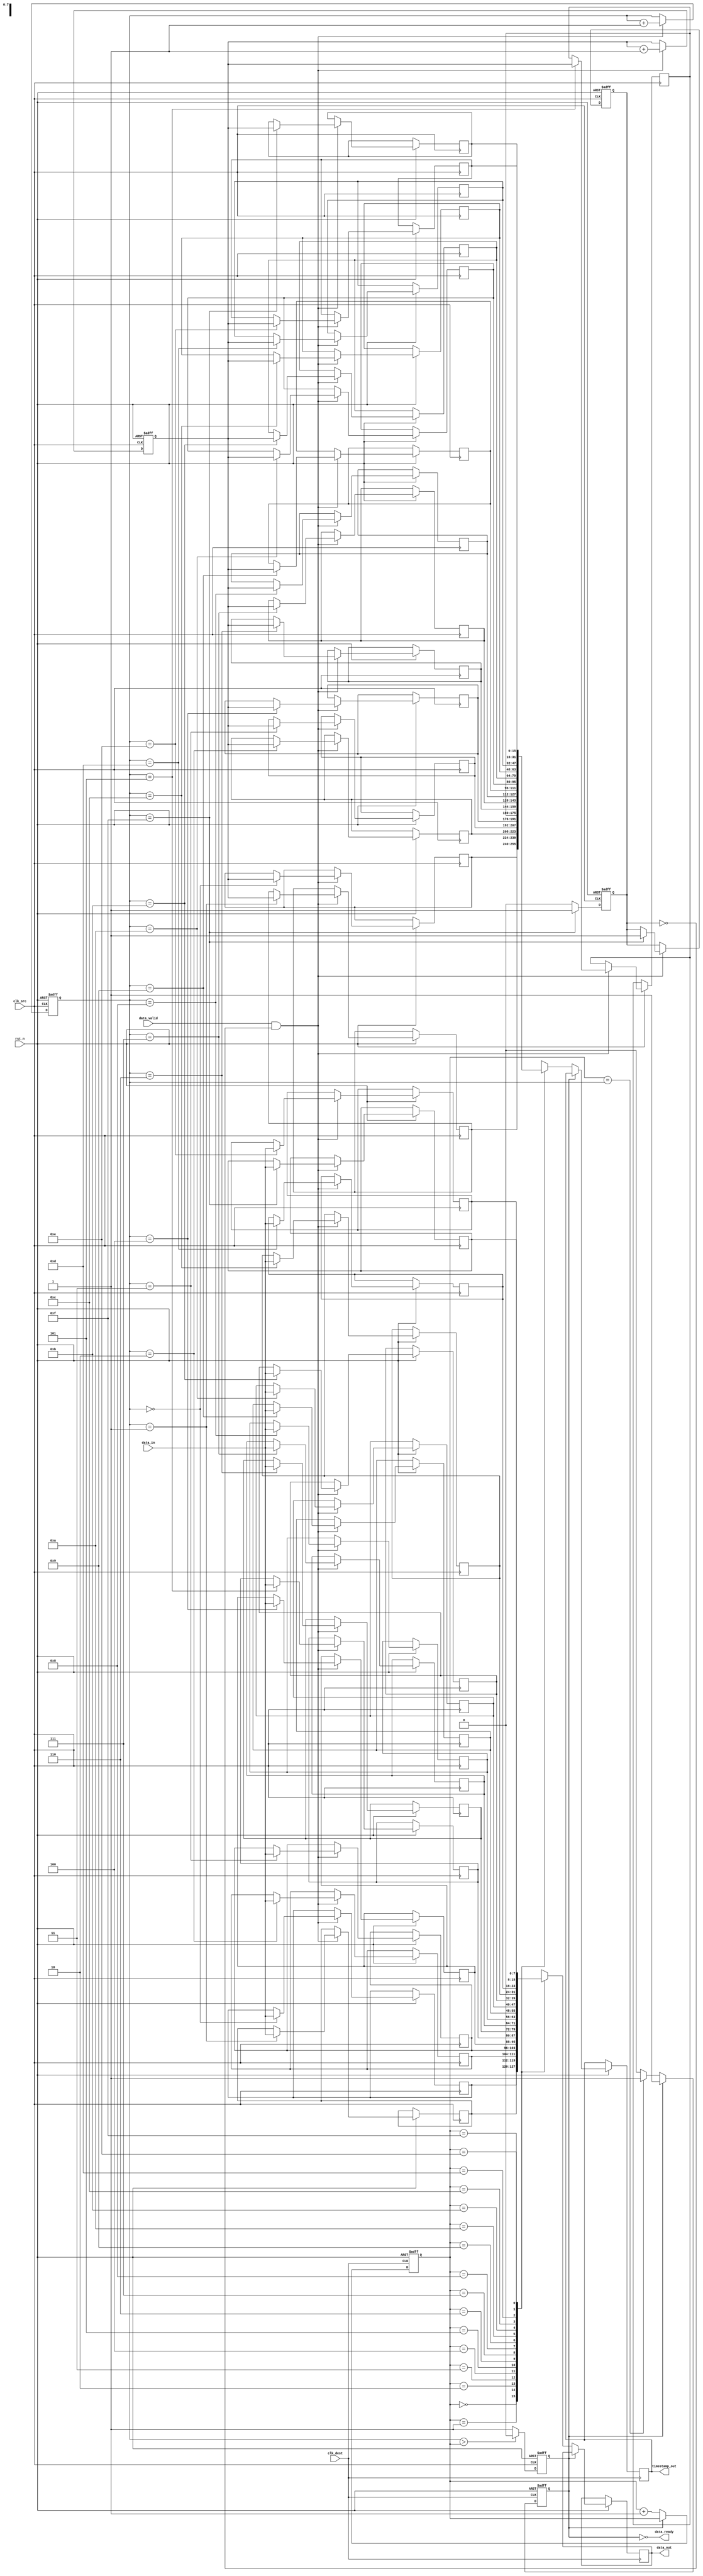
module TimeStampedSynchronizer #(
    parameter DATA_WIDTH = 8,
    parameter FIFO_DEPTH = 16
)(
    input wire clk_src,
    input wire clk_dest,
    input wire rst_n,
    input wire [DATA_WIDTH-1:0] data_in,
    input wire data_valid,
    output wire [DATA_WIDTH-1:0] data_out,
    output wire [15:0] timestamp_out,
    output wire data_ready
);

// FIFO buffer
reg [DATA_WIDTH-1:0] fifo_data [0:FIFO_DEPTH-1];
reg [15:0] fifo_timestamp [0:FIFO_DEPTH-1];
reg [3:0] write_ptr, read_ptr;
reg fifo_full, fifo_empty;

// Timestamp generator
reg [15:0] timestamp_counter;

// FIFO write logic
always @(posedge clk_src or negedge rst_n) begin
    if (!rst_n) begin
        write_ptr <= 0;
        fifo_full <= 0;
        timestamp_counter <= 0;
    end else if (data_valid && !fifo_full) begin
        fifo_data[write_ptr] <= data_in;
        fifo_timestamp[write_ptr] <= timestamp_counter;
        write_ptr <= write_ptr + 1;
        timestamp_counter <= timestamp_counter + 1;
        if (write_ptr == FIFO_DEPTH - 1) begin
            fifo_full <= 1;
        end
    end
end

// FIFO read logic
always @(posedge clk_dest or negedge rst_n) begin
    if (!rst_n) begin
        read_ptr <= 0;
        fifo_empty <= 1;
    end else if (!fifo_empty) begin
        data_out <= fifo_data[read_ptr];
        timestamp_out <= fifo_timestamp[read_ptr];
        read_ptr <= read_ptr + 1;
        if (read_ptr == write_ptr) begin
            fifo_empty <= 1;
        end
    end
end

// FIFO status management
always @(posedge clk_src or negedge rst_n) begin
    if (!rst_n) begin
        fifo_empty <= 1;
    end else begin
        if (write_ptr > read_ptr) begin
            fifo_empty <= 0;
        end else begin
            fifo_empty <= 1;
        end
    end
end

// Data ready signal
assign data_ready = !fifo_empty;

// FIFO full flag
always @(posedge clk_src or negedge rst_n) begin
    if (!rst_n) begin
        fifo_full <= 0;
    end else begin
        if (write_ptr == FIFO_DEPTH - 1) begin
            fifo_full <= 1;
        end else begin
            fifo_full <= 0;
        end
    end
end

endmodule